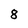
Character: 8